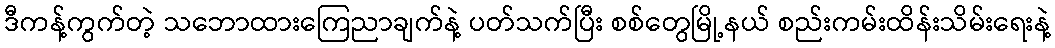
ဒီကန့်ကွက်တဲ့ သဘောထားကြေညာချက်နဲ့ ပတ်သက်ပြီး စစ်တွေမြို့နယ် စည်းကမ်းထိန်းသိမ်းရေးနဲ့